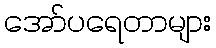
အော်ပရေတာများ